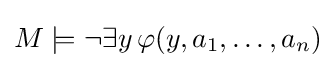
M\models \neg \exists y\,\varphi (y,a_{1},\dots ,a_{n})